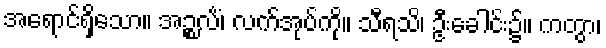
အရောင်ရှိသော။ အဉ္စလိံ၊ လက်အုပ်ကို။ သီရသိ၊ ဦးခေါင်း၌။ ကတွာ၊